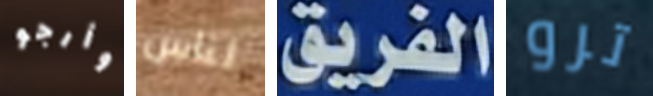
وأرجو لناس الفريق ترو